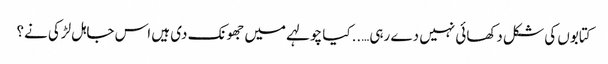
کتابوں کی شکل دکھائی نہیں دے رہی…..کیا چولہے میں جھونک دی ہیں اس جاہل لڑکی نے؟